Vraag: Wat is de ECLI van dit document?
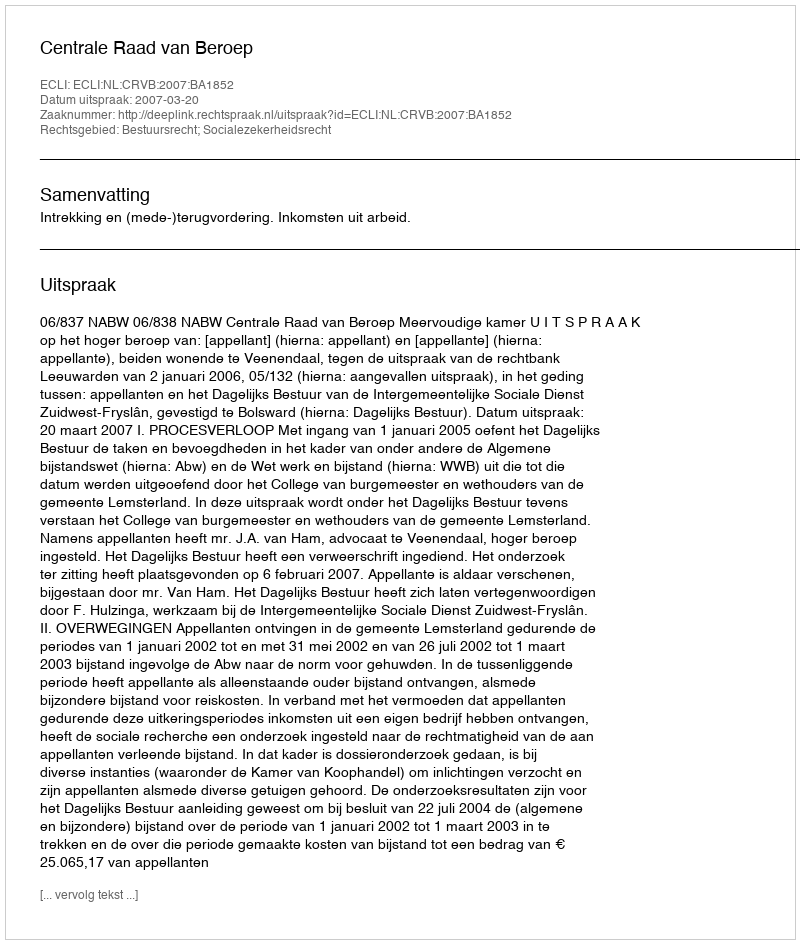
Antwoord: ECLI:NL:CRVB:2007:BA1852